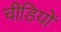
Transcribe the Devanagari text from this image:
चीडियों